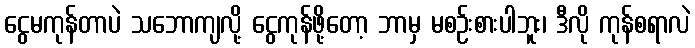
ငွေမကုန်တာပဲ သဘောကျလို့ ငွေကုန်ဖို့တော့ ဘာမှ မစဉ်းစားပါဘူး၊ ဒီလို ကုန်စရာလဲ